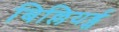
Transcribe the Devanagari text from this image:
बिल्लियर्ड्स